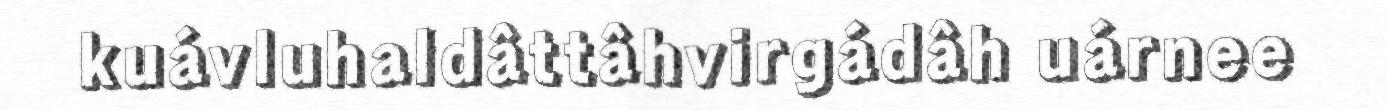
kuávluhaldâttâhvirgádâh uárnee